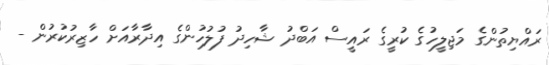
ރައްޔިތުންގެ މަޖިލީހުގެ ކުރީގެ ރައީސް އަބްދު ޝާހިދު ފުލުހުންގެ އިދާރާއަށް ހާޒިރުކުރުން -